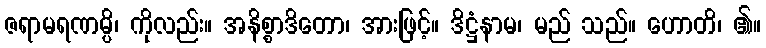
ဇရာမရဏမ္ပိ၊ ကိုလည်း။ အနိစ္စာဒိတော၊ အားဖြင့်။ ဒိဋ္ဌံနာမ၊ မည် သည်။ ဟောတိ၊ ၏။